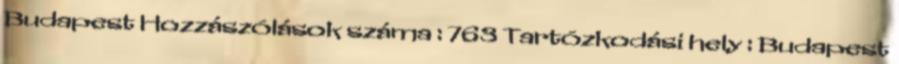
Budapest Hozzászólások száma : 763 Tartózkodási hely : Budapest